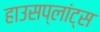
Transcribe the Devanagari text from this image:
हाउसप्लांट्स